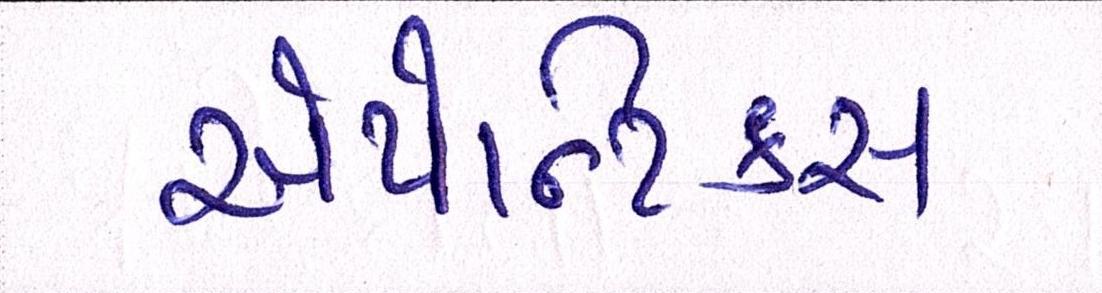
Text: એપેન્ડિક્સ